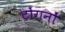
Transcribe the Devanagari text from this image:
टोंगनों